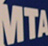
MTA